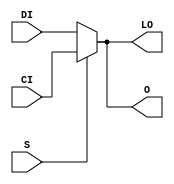
module MUXCY_D (LO, O, CI, DI, S);

    output LO, O;
    reg    O, LO;

    input  CI, DI, S;

	always @(CI or DI or S) 
	    if (S) begin
		O = CI;
                LO = CI;
            end
	    else begin
		O = DI;
                LO = DI;
            end

endmodule